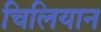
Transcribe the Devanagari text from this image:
चिलियान